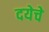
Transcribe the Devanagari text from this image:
दयेचे